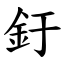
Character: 釪